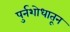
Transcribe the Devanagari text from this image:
पुर्नशोधातून